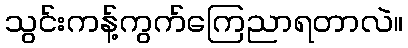
သွင်းကန့်ကွက်ကြေညာရတာလဲ။